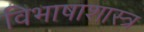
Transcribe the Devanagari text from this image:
विभाषाशास्त्र